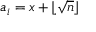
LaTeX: a _ { i } = x + \lfloor { \sqrt { n } } \rfloor